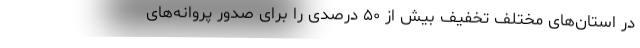
در استان‌های مختلف تخفیف بیش از ۵۰ درصدی را برای صدور پروانه‌های